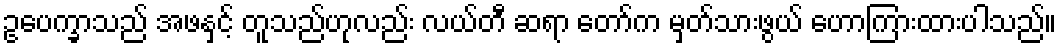
ဥပေက္ခာသည် အဖနှင့် တူသည်ဟုလည်း လယ်တီ ဆရာ တော်က မှတ်သားဖွယ် ဟောကြားထားပါသည်။